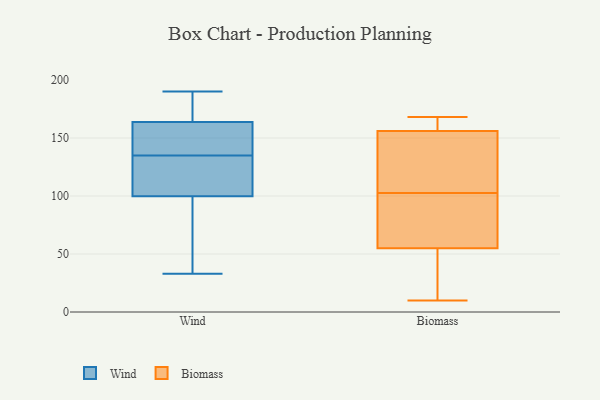
{"axis": {"x": "Production Output", "y": "Value"}, "legend": ["Biomass", "Wind"], "data": [{"x": "", "y": 171, "type": "Wind"}, {"x": "", "y": 107, "type": "Wind"}, {"x": "", "y": 38, "type": "Wind"}, {"x": "", "y": 172, "type": "Wind"}, {"x": "", "y": 163, "type": "Wind"}, {"x": "", "y": 139, "type": "Wind"}, {"x": "", "y": 139, "type": "Wind"}, {"x": "", "y": 129, "type": "Wind"}, {"x": "", "y": 147, "type": "Wind"}, {"x": "", "y": 110, "type": "Wind"}, {"x": "", "y": 81, "type": "Wind"}, {"x": "", "y": 135, "type": "Wind"}, {"x": "", "y": 106, "type": "Wind"}, {"x": "", "y": 166, "type": "Wind"}, {"x": "", "y": 33, "type": "Wind"}, {"x": "", "y": 190, "type": "Wind"}, {"x": "", "y": 48, "type": "Wind"}, {"x": "", "y": 35, "type": "Biomass"}, {"x": "", "y": 55, "type": "Biomass"}, {"x": "", "y": 168, "type": "Biomass"}, {"x": "", "y": 10, "type": "Biomass"}, {"x": "", "y": 86, "type": "Biomass"}, {"x": "", "y": 11, "type": "Biomass"}, {"x": "", "y": 163, "type": "Biomass"}, {"x": "", "y": 102, "type": "Biomass"}, {"x": "", "y": 83, "type": "Biomass"}, {"x": "", "y": 121, "type": "Biomass"}, {"x": "", "y": 156, "type": "Biomass"}, {"x": "", "y": 132, "type": "Biomass"}, {"x": "", "y": 103, "type": "Biomass"}, {"x": "", "y": 159, "type": "Biomass"}]}